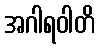
အဂါရဝါတိ